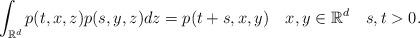
LaTeX: \begin{align*}\int_{\mathbb{R}^d} p(t,x,z)p(s,y,z)dz= p(t+s, x,y) \ \ \ x,y\in \mathbb{R}^d \ \ \ s,t>0.\end{align*}